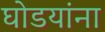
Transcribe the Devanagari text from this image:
घोडयांना